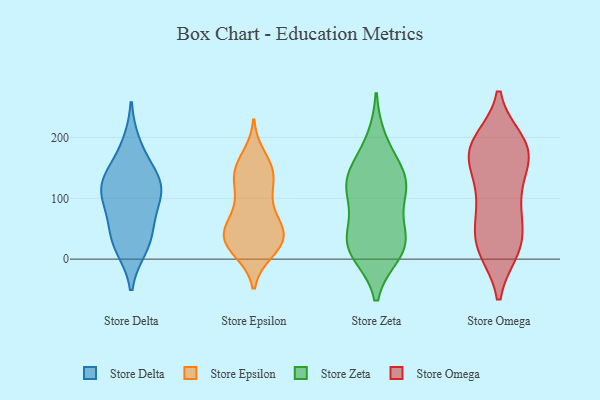
{"axis": {"x": "Budget (USD K)", "y": "Value"}, "legend": ["Store Delta", "Store Epsilon", "Store Omega", "Store Zeta"], "data": [{"x": "", "y": 122, "type": "Store Delta"}, {"x": "", "y": 19, "type": "Store Delta"}, {"x": "", "y": 65, "type": "Store Delta"}, {"x": "", "y": 42, "type": "Store Delta"}, {"x": "", "y": 100, "type": "Store Delta"}, {"x": "", "y": 188, "type": "Store Delta"}, {"x": "", "y": 118, "type": "Store Delta"}, {"x": "", "y": 100, "type": "Store Delta"}, {"x": "", "y": 25, "type": "Store Delta"}, {"x": "", "y": 147, "type": "Store Delta"}, {"x": "", "y": 132, "type": "Store Delta"}, {"x": "", "y": 154, "type": "Store Epsilon"}, {"x": "", "y": 140, "type": "Store Epsilon"}, {"x": "", "y": 33, "type": "Store Epsilon"}, {"x": "", "y": 15, "type": "Store Epsilon"}, {"x": "", "y": 113, "type": "Store Epsilon"}, {"x": "", "y": 35, "type": "Store Epsilon"}, {"x": "", "y": 139, "type": "Store Epsilon"}, {"x": "", "y": 73, "type": "Store Epsilon"}, {"x": "", "y": 100, "type": "Store Epsilon"}, {"x": "", "y": 55, "type": "Store Epsilon"}, {"x": "", "y": 70, "type": "Store Epsilon"}, {"x": "", "y": 24, "type": "Store Epsilon"}, {"x": "", "y": 13, "type": "Store Epsilon"}, {"x": "", "y": 149, "type": "Store Epsilon"}, {"x": "", "y": 128, "type": "Store Epsilon"}, {"x": "", "y": 48, "type": "Store Epsilon"}, {"x": "", "y": 43, "type": "Store Epsilon"}, {"x": "", "y": 26, "type": "Store Epsilon"}, {"x": "", "y": 168, "type": "Store Epsilon"}, {"x": "", "y": 37, "type": "Store Epsilon"}, {"x": "", "y": 124, "type": "Store Zeta"}, {"x": "", "y": 34, "type": "Store Zeta"}, {"x": "", "y": 34, "type": "Store Zeta"}, {"x": "", "y": 10, "type": "Store Zeta"}, {"x": "", "y": 144, "type": "Store Zeta"}, {"x": "", "y": 116, "type": "Store Zeta"}, {"x": "", "y": 195, "type": "Store Zeta"}, {"x": "", "y": 17, "type": "Store Zeta"}, {"x": "", "y": 107, "type": "Store Zeta"}, {"x": "", "y": 115, "type": "Store Zeta"}, {"x": "", "y": 14, "type": "Store Zeta"}, {"x": "", "y": 51, "type": "Store Zeta"}, {"x": "", "y": 149, "type": "Store Zeta"}, {"x": "", "y": 190, "type": "Store Omega"}, {"x": "", "y": 179, "type": "Store Omega"}, {"x": "", "y": 18, "type": "Store Omega"}, {"x": "", "y": 167, "type": "Store Omega"}, {"x": "", "y": 99, "type": "Store Omega"}, {"x": "", "y": 82, "type": "Store Omega"}, {"x": "", "y": 16, "type": "Store Omega"}, {"x": "", "y": 189, "type": "Store Omega"}, {"x": "", "y": 170, "type": "Store Omega"}, {"x": "", "y": 183, "type": "Store Omega"}, {"x": "", "y": 39, "type": "Store Omega"}, {"x": "", "y": 17, "type": "Store Omega"}, {"x": "", "y": 57, "type": "Store Omega"}, {"x": "", "y": 135, "type": "Store Omega"}, {"x": "", "y": 152, "type": "Store Omega"}, {"x": "", "y": 193, "type": "Store Omega"}, {"x": "", "y": 94, "type": "Store Omega"}, {"x": "", "y": 21, "type": "Store Omega"}]}